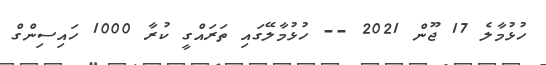
ހުޅުމާލެ 17 ޖޫން 2021 -- ހުޅުމާލޭގައި ތަރައްގީ ކުރާ 1000 ހައިސިންގް